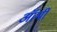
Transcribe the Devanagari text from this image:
ऑर्मी